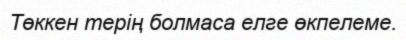
Төккен терің болмаса елге өкпелеме.